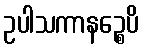
ဥပါသကာနဉ္စေပိ